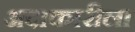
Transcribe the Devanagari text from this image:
अदाकारीला